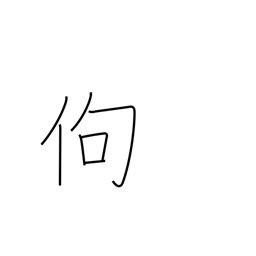
Meaning: stooped over